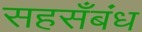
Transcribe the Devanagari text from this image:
सहसँबंध